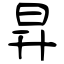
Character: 昇